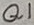
Text: Q1